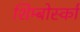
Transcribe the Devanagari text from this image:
शिम्बोर्स्का